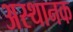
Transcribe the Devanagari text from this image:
अस्थानक